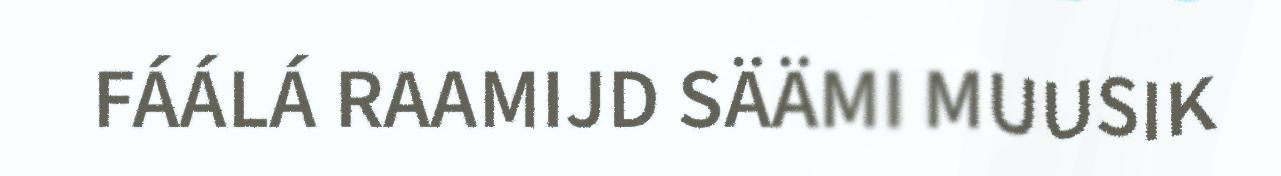
FÁÁLÁ RAAMIJD SÄÄMI MUUSIK